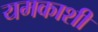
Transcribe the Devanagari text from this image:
यमकाशी